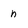
Character: n